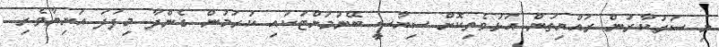
މި ސަރުކާރުން ރައްޔިތުން އަޅުވެތިކޮށް ސިޔާސީ ބޭނުމަށްޓަކައި ކުރަމުން ގެންދާ މިފަދަ އަނިޔާވެރި